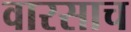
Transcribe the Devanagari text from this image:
वारसाच